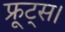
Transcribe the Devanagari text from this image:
फ्रूट्स।